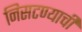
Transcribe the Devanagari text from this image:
निसटण्याची